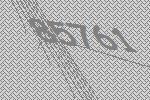
85761